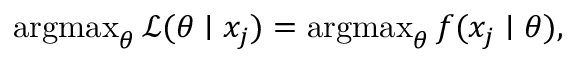
\operatorname { a r g m a x } _ { \theta } { \mathcal { L } } ( \theta \mid x _ { j } ) = \operatorname { a r g m a x } _ { \theta } f ( x _ { j } \mid \theta ) ,